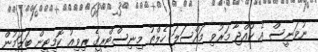
ނުވަނީސް އެ ކުއްޖާ މަރުވި މައްސަލަ ހެލްތު މިނިސްޓްރީގެ ރިވިއު ކޮމިޓީން ބަލަމުން